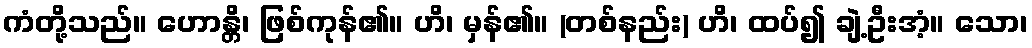
ကံတို့သည်။ ဟောန္တိ၊ ဖြစ်ကုန်၏။ ဟိ၊ မှန်၏။ (တစ်နည်း) ဟိ၊ ထပ်၍ ချဲ့ဦးအံ့။ သော၊